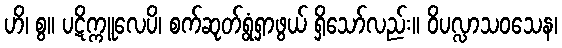
ဟိ၊ စွ။ ပဋိက္ကူလေပိ၊ စက်ဆုတ်ရွံရှာဖွယ် ရှိသော်လည်း။ ဝိပလ္လာသဝသေန၊